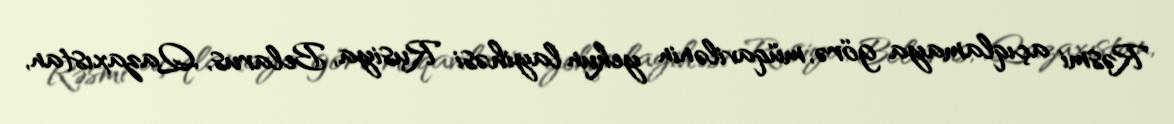
Rəsmi açıqlamaya görə, müqavilənin yekun layihəsi Rusiya, Belarus, Qazaxıstan,